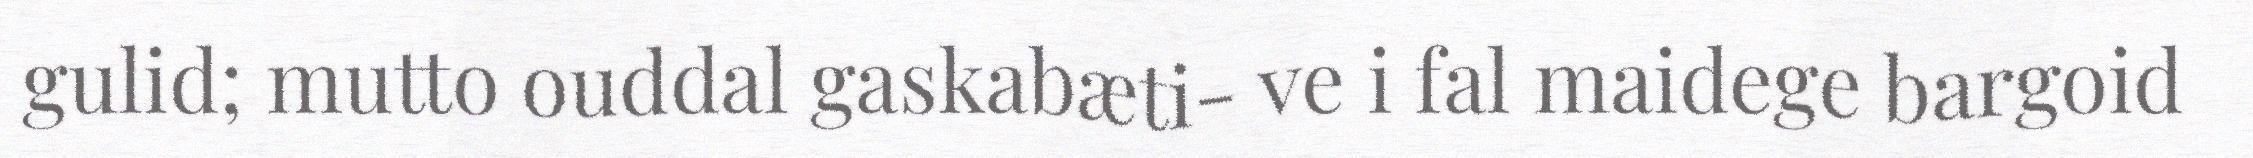
gulid; mutto ouddal gaskabæti- ve i fal maidege bargoid